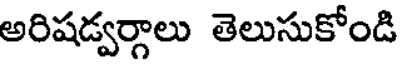
అరిషడ్వర్గాలు తెలుసుకోండి